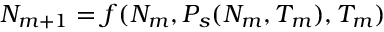
\begin{array} { r } { N _ { m + 1 } = f ( N _ { m } , P _ { s } ( N _ { m } , T _ { m } ) , T _ { m } ) } \end{array}